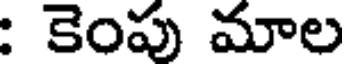
: కెంపు మాల